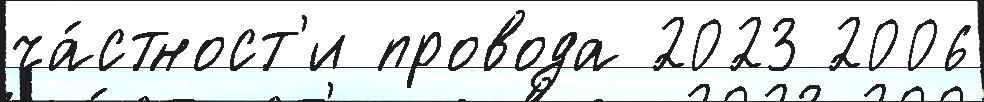
ча́стност'и провода 2023 2006